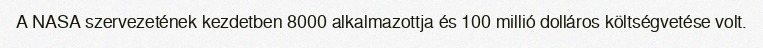
A NASA szervezetének kezdetben 8000 alkalmazottja és 100 millió dolláros költségvetése volt.